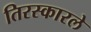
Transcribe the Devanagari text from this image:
तिरस्कारले